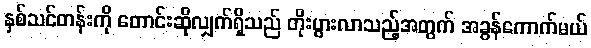
နှစ်သင်တန်းကို တောင်းဆိုလျှက်ရှိသည် တိုးပွားလာသည့်အတွက် အခွန်ကောက်မယ်